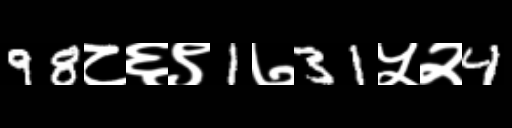
Text: 98८६९1७31५२4